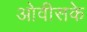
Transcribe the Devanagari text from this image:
ओवीसके